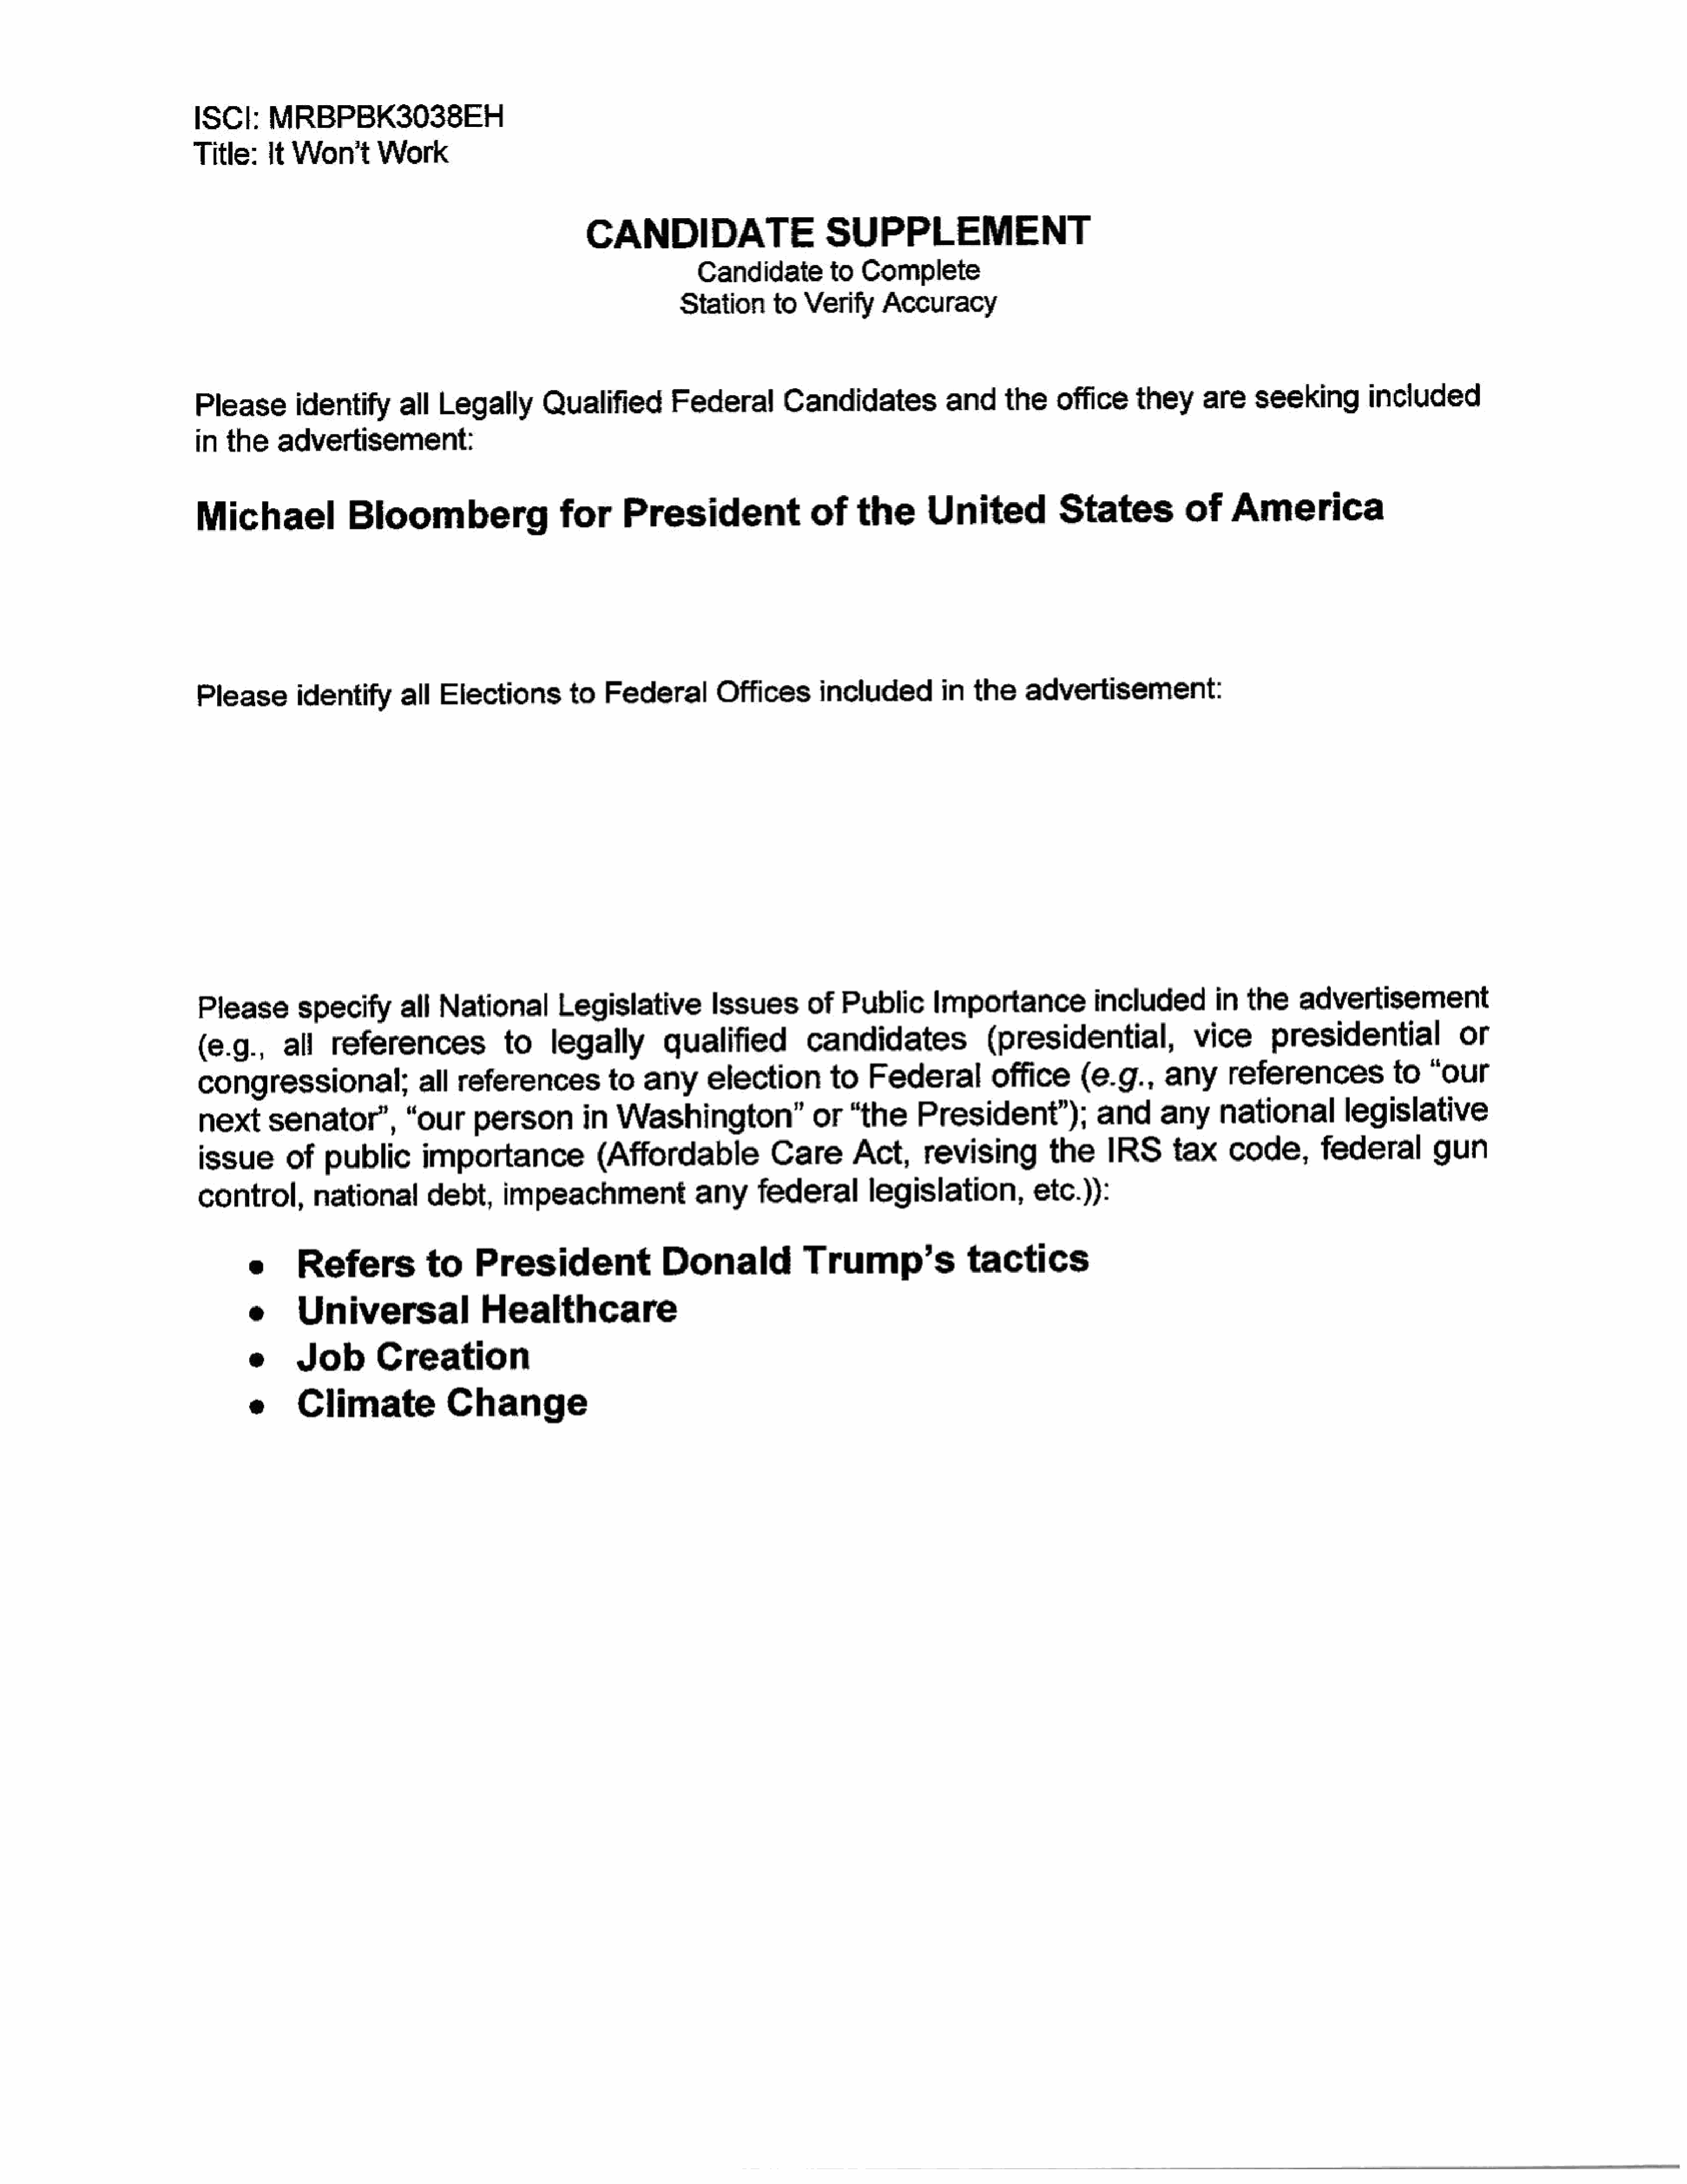
ISCI:      MRBPBK3038EH
 Title:    It  Won't       Work
 CANDIDATE                         SUPPLEMENT
 Candidate          to  Complete
 Station       to  Verify     Accuracy
 Pleaseidentify               all   Legally        Qualified         Federal         Candidates             and      theoffice         they      are    seeking          included
 in  the     advertisement:
 Michael               Bloomberg                     for      President                  of    the        United             States            of    America
 Please         identify      all   Elections         to    Federal        Offices        includedin            the     advertisement:
 Please         specify       all   National         Legislative           Issues       of   Public        Importance             included         in  the     advertisement
 (e.g.,       all    references              to     legally         qualified           candidates                (presidential,                vice       presidential               or
 congressional;                  all   references           to   any      election          to   Federal        office          (e.g.,      any      referencesto                “our
 next     senator’,           “our      person         in   Washington”or“the                          President”);              and      any     national        legislative
 issue       of    public       importance               (Affordable              Care        Act,      revising          the     IRS       tax     code,        federal         gun
 control,         national        debt,      impeachment                any      federallegislation,                   etc.)):
 e      Refers            to     President                  Donald              Trump’s                tactics
 e      Universal                 Healthcare
 e     Job         Creation
 e      Climate              Change